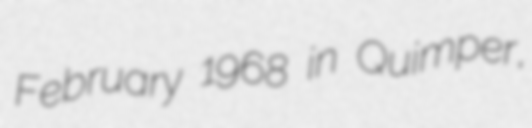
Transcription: February 1968 in Quimper,